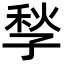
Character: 𡥻